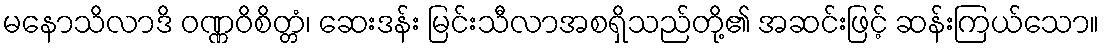
မနောသိလာဒိ ဝဏ္ဏဝိစိတ္တံ၊ ဆေးဒန်း မြင်းသီလာအစရှိသည်တို့၏ အဆင်းဖြင့် ဆန်းကြယ်သော။